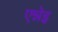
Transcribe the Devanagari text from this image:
एन्नेइ